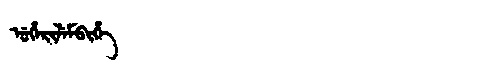
Manchu: ᡠᡥᡝᡵᡳᠯᡝᠮᠪᡳᡥᡝ
Romanization: UHERILEMBIHE